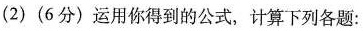
(2)(6分)运用你得到的公式，计算下列各题：